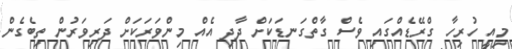
މިއީ ހުރިހާ ގްރޭޑެއްގައި ވެސް ގާތްގަނޑަކަށް ދާދި އެއް މިންވަރަކަށް ދަރިވަރުން ތިބެގެން